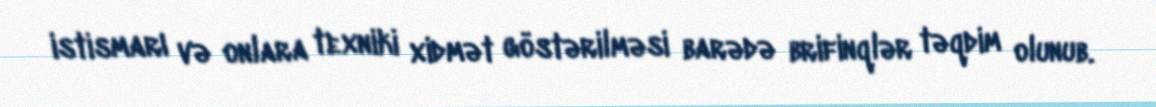
istismarı və onlara texniki xidmət göstərilməsi barədə brifinqlər təqdim olunub.